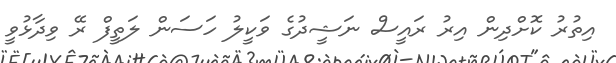
އިތުރު ކޮށްދިން އިރު ރައީސް ނަޝީދުގެ ވަކީލު ހަސަން ލަތީފް ރޭ ވިދާޅުވީ